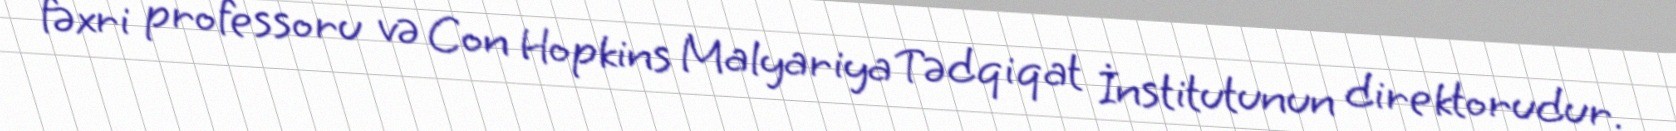
fəxri professoru və Con Hopkins Malyariya Tədqiqat İnstitutunun direktorudur.